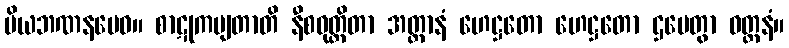
ပိယဘဏနမေဝ။ စာဋုကမျတာတိ နီစဝုတ္တိတာ အတ္တာနံ ဟေဋ္ဌတော ဟေဋ္ဌတော ဌပေတွာ ဝတ္တနံ။